Lunatic asylums Central Provinces reports 1886-1894 - 1886-1894
Year: 1886
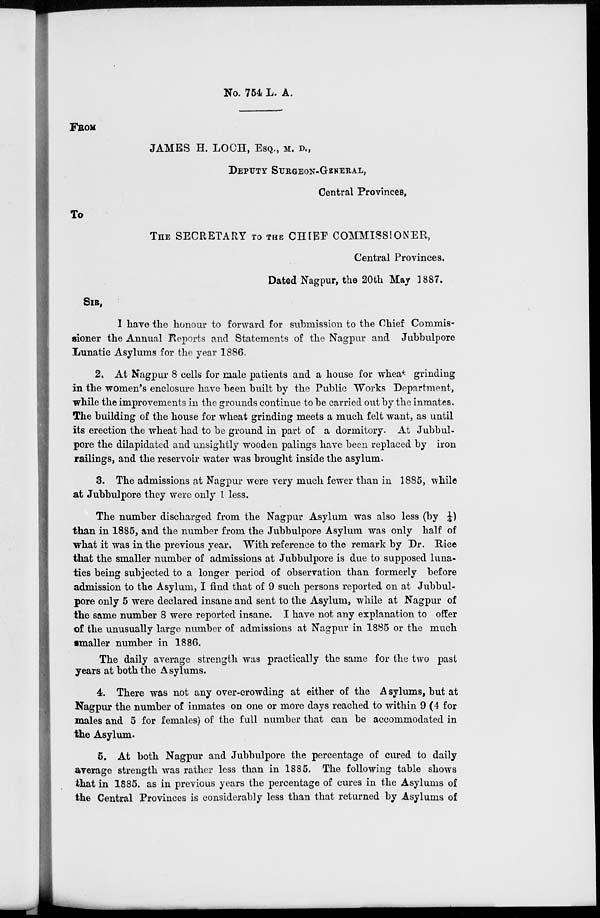
No. 764 L. A.
FROM
JAMES H. LOCH, ESQ., M. D.,
DEPUTY SURGEON-GENERAL,
Central Provinces,
To
THE SECRETARY TO THE CHIEF COMMISSIONER,
Central Provinces,
Dated Nagpur, the 20th May 1887.
SIR,
I have the honour to forward for submission to the Chief Commis-
sioner the Annual Reports and Statements of the Nagpur and Jubbulpore
Lunatic Asylums for the year 1886.
2.At Nagpur 8 cells for male patients and a house for wheat grinding
in the women's enclosure have been built by the Public Works Department,
while the improvements in the grounds continue to be carried out by the inmates.
The building of the house for wheat grinding meets a much felt want, as until
its erection the wheat had to be ground in part of a dormitory. At Jubbul-
pore the dilapidated and unsightly wooden palings have been replaced by iron
railings, and the reservoir water was brought inside the asylum.
3. The admissions at Nagpur were very much fewer than in 1885, while
at Jubbulpore they were only 1 less.
The number discharged from the Nagpur Asylum was also less (by ¼)
than in 1885, and the number from the Jubbulpore Asylum was only half of
what it was in the previous year. With reference to the remark by Dr. Rice
that the smaller number of admissions at Jubbulpore is due to supposed luna-
tics being subjected to a longer period of observation than formerly before
admission to the Asylum, I find that of 9 such persons reported on at Jubbul-
pore only 5 were declared insane and sent to the Asylum, while at Nagpur of
the same number 8 were reported insane. I have not any explanation to offer
of the unusually large number of admissions at Nagpur in 1885 or the much
smaller number in 1886.
The daily average strength was practically the same for the two past
years at both the Asylums.
4. There was not any over-crowding at either of the Asylums, but at
Nagpur the number of inmates on one or more days reached to within 9 (4 for
males and 5 for females) of the full number that can be accommodated in
the Asylum.
5. At both Nagpur and Jubbulpore the percentage of cured to daily
average strength was rather less than in 1885. The following table shows
that in 1885. as in previous years the percentage of cures in the Asylums of
the Central Provinces is considerably less than that returned by Asylums of